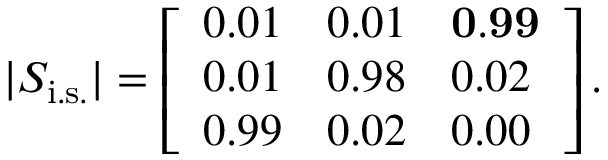
| S _ { \mathrm { i . s . } } | = \left[ \begin{array} { l l l } { { 0 . 0 1 } } & { { 0 . 0 1 } } & { { \mathbf { 0 . 9 9 } } } \\ { { 0 . 0 1 } } & { { 0 . 9 8 } } & { { 0 . 0 2 } } \\ { { 0 . 9 9 } } & { { 0 . 0 2 } } & { { 0 . 0 0 } } \end{array} \right] .